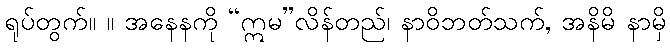
ရုပ်တွက်။ ။ အနေနကို “ဣမ”လိန်တည်၊ နာဝိဘတ်သက်, အနိမိ နာမှိ